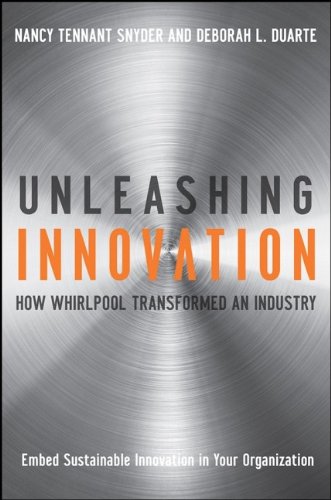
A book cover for Unleashing Innovation: How Whirlpool Transformed an Industry; Nancy Tennant Snyder; Business & Money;